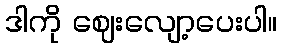
ဒါကို ဈေးလျော့ပေးပါ။